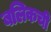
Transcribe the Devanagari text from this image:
बलिकची